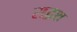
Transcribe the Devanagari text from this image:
सद्वश